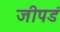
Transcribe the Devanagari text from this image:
जीपडं